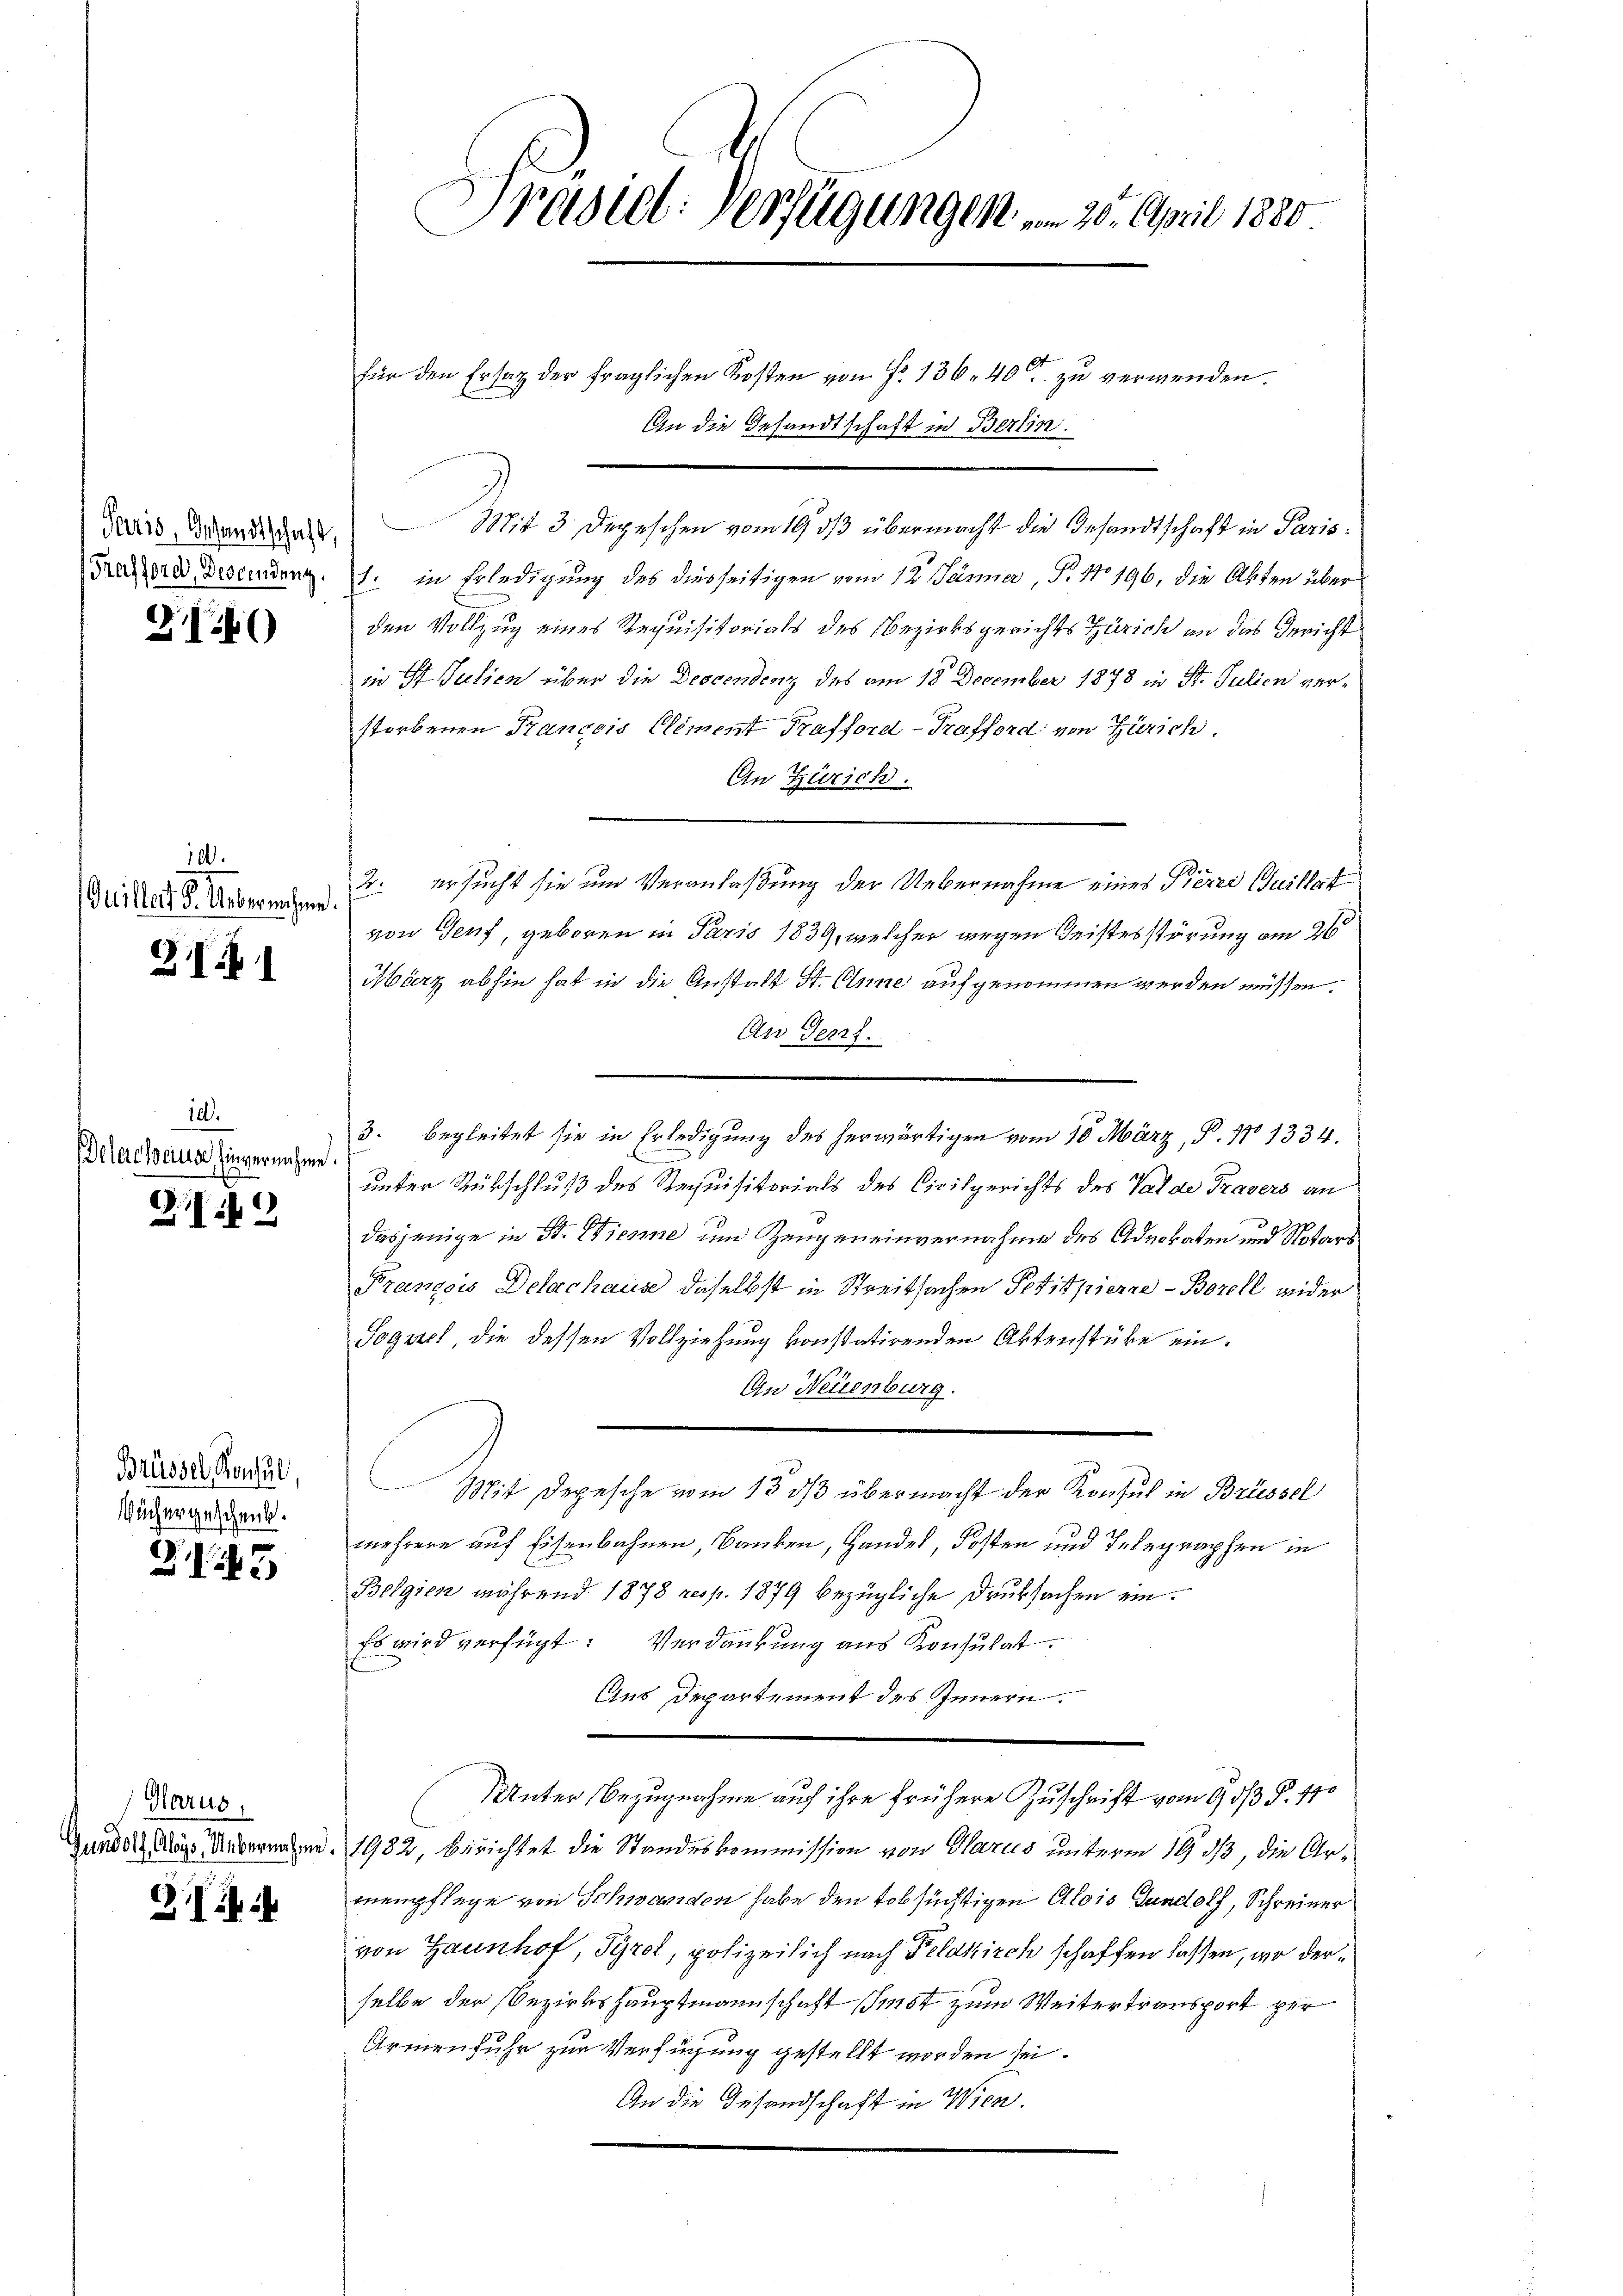
Paris, Gesandtschaft,
Frafford, Descendung.

2

100.
Quillet S. Uebernehme.

31

id.
Delarcheins Einvernehme.

Z.12

Brüssel, Konsul,
Büchergeschenk.

3

Glarus,
Gundolf Aloys Uebernahme.

G. in ih

Präsidl-Verfügungen . . 25. April 1880

für den Ersatz der fraglichen Kosten von Fr. 136. 40 zu verwenden.
An die Gesandtschaft in Berlin.
Mit 3 Depeschen vom 19. dβ übermacht die Gesandtschaft in Paris
1. in Erledigung des diesseitigen vom 12. Jänner, P. 1196, die Akten über
den Vollzug eines Requisitorials des Bezirksgerichts Zürich an das Gericht
in St. Julien über die Descendenz des am 18 December 1878 in St. Julien verstorbenen Krancois Clement Trafford-Trafford von Zürich.
An Zürich.
2. ersucht sie um Veranlaßung der Uebernahme eines Pierre Quillat
von Genf, geboren in Paris 1839, welcher wegen Geistesstörung am 26
März abhin hat in die Anstalt St. Einne aufgenommen werden müssen.
An Perf
3. begleitet sie in Erledigung des herwärtigen vom 10. März, B. 170 1334.
unter Rükschluß des Requisitorials des Civilgerichts des Valde Travers an
dasjenige in St. Dienne um Zeugeneinvernahme des Advokaten und Notars
François Delachause daselbst in Streitsachen Petitpierre - Borell wider
Soguel, die dessen Vollziehung konstatirenden Aktenstüke ein¬
An Neuenburg.
Mit Depesche vom 13. dβ übermacht der Konsul in Brüssel
mehrere auf Eisenbahnen, Banken, Handel, Kosten und Telegraphen in
Belgien während 1878 resp. 1879 bezügliche Druksachen ein¬
Es wird verfügt: Verdankung aus Konsulat
Aus Departement des Innern.
Unter Bezugnahme auf ihre frühere Zuschrift vom 9. dß §. 110
1982, berichtet die Standeskommission von Glarus unterm 19. ds, die Armenpflege von Schwanden habe den tobsüchtigen Alois Gandolf, Schreiner
von Haunhof, Tyrol, polizeilich nach Feldkirch schaffen lassen, wo derselbe der Bezirkshauptmannschaft Imst zum Weitertransport per
Armenfuhr zur Verfügung gestellt worden sei.
An die Gesandschaft in Wien.